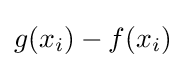
g(x_{i})-f(x_{i})